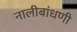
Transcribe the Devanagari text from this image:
नालीबांधणी